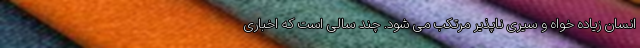
انسان زیاده خواه و سیری ناپذیر مرتکب می شود. چند سالی است که اخباری